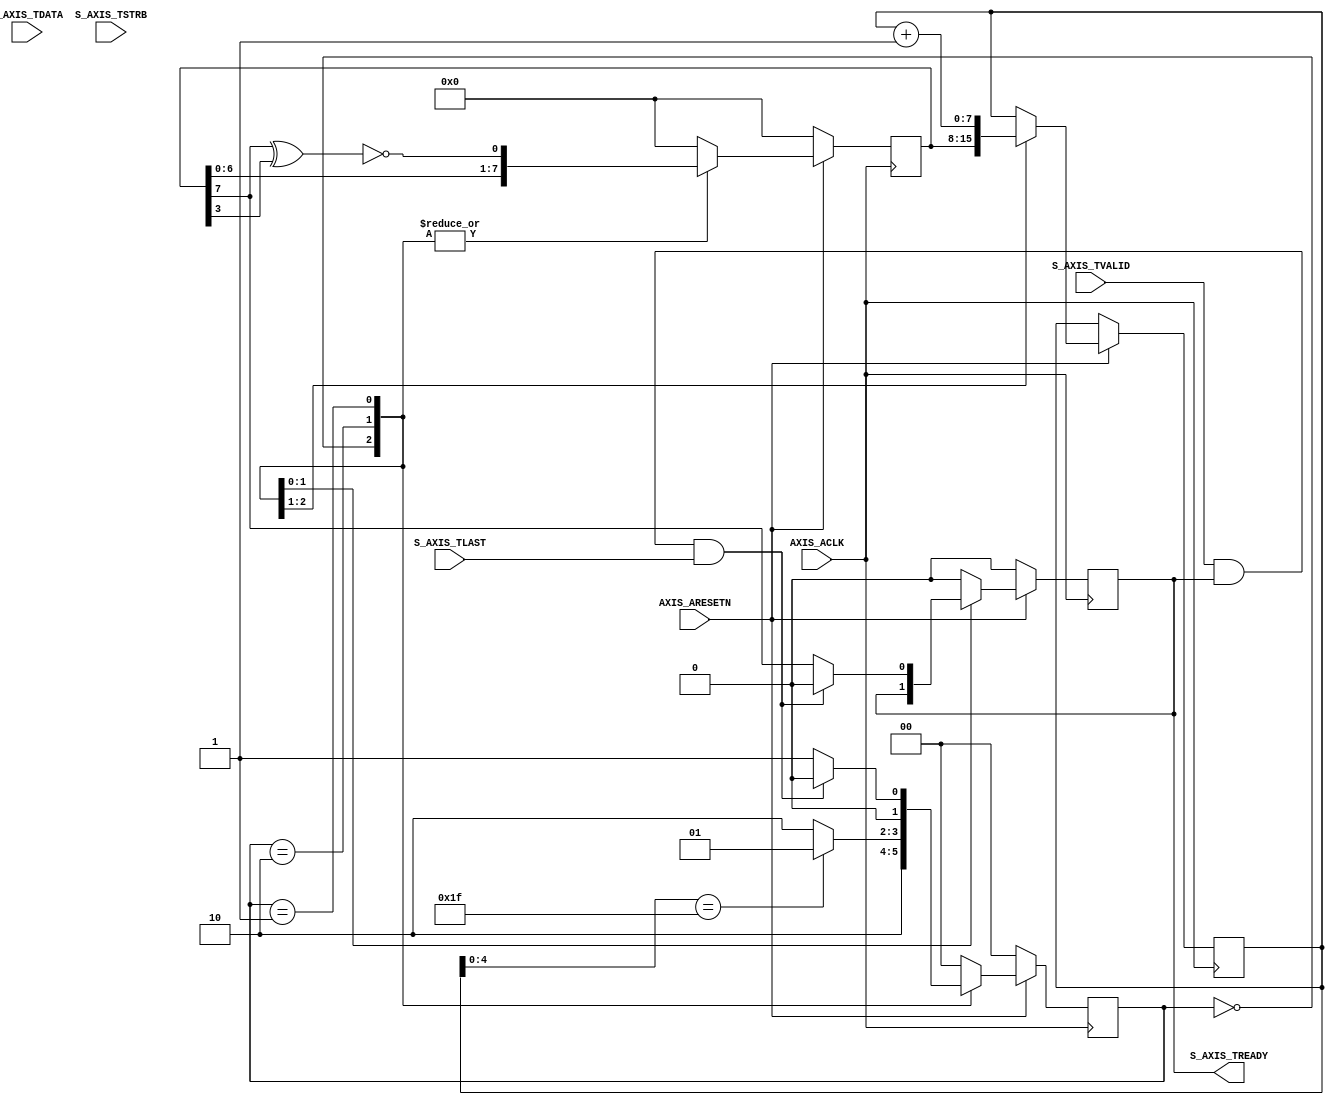
////////////////////////////////////////////////////////////////////////////
//-- (c) Copyright 2012 - 2013 Xilinx, Inc. All rights reserved.
//--
//-- This file contains confidential and proprietary information
//-- of Xilinx, Inc. and is protected under U.S. and
//-- international copyright and other intellectual property
//-- laws.
//--
//-- DISCLAIMER
//-- This disclaimer is not a license and does not grant any
//-- rights to the materials distributed herewith. Except as
//-- otherwise provided in a valid license issued to you by
//-- Xilinx, and to the maximum extent permitted by applicable
//-- law: (1) THESE MATERIALS ARE MADE AVAILABLE "AS IS" AND
//-- WITH ALL FAULTS, AND XILINX HEREBY DISCLAIMS ALL WARRANTIES
//-- AND CONDITIONS, EXPRESS, IMPLIED, OR STATUTORY, INCLUDING
//-- BUT NOT LIMITED TO WARRANTIES OF MERCHANTABILITY, NON-
//-- INFRINGEMENT, OR FITNESS FOR ANY PARTICULAR PURPOSE; and
//-- (2) Xilinx shall not be liable (whether in contract or tort,
//-- including negligence, or under any other theory of
//-- liability) for any loss or damage of any kind or nature
//-- related to, arising under or in connection with these
//-- materials, including for any direct, or any indirect,
//-- special, incidental, or consequential loss or damage
//-- (including loss of data, profits, goodwill, or any type of
//-- loss or damage suffered as a result of any action brought
//-- by a third party) even if such damage or loss was
//-- reasonably foreseeable or Xilinx had been advised of the
//-- possibility of the same.
//--
//-- CRITICAL APPLICATIONS
//-- Xilinx products are not designed or intended to be fail-
//-- safe, or for use in any application requiring fail-safe
//-- performance, such as life-support or safety devices or
//-- systems, Class III medical devices, nuclear facilities,
//-- applications related to the deployment of airbags, or any
//-- other applications that could lead to death, personal
//-- injury, or severe property or environmental damage
//-- (individually and collectively, "Critical
//-- Applications"). Customer assumes the sole risk and
//-- liability of any use of Xilinx products in Critical
//-- Applications, subject only to applicable laws and
//-- regulations governing limitations on product liability.
//--
//-- THIS COPYRIGHT NOTICE AND DISCLAIMER MUST BE RETAINED AS
//-- PART OF THIS FILE AT ALL TIMES.
////////////////////////////////////////////////////////////////////////////
//
// AXI4-Stream interface example
// 
// The purpose of this design is to provide a simple AXI4-Stream interface.
//
// The AXI4-Stream protocol is used as a standard interface to connect components that wish to
// exchange data. The interface can be used to connect a single master, that generates data, to a
// single slave, that receives data. 
// 
////////////////////////////////////////////////////////////////////////////////

//----------------------------------------
// Module Section
//----------------------------------------
`timescale 1ps/1ps

module axi_stream_slave #(
  // Width of S_AXIS data bus. The slave accepts the read and write data 
  // of width C_S_AXIS_TDATA_WIDTH.
  parameter integer C_S_AXIS_TDATA_NUM_BYTES = 4
) (
  // Global ports
  input wire AXIS_ACLK,
  input wire AXIS_ARESETN,
   
  // Slave Stream Ports
  // TREADY indicates that the slave can accept a transfer in the
  // current cycle.
  output wire S_AXIS_TREADY,
  // TDATA is the primary payload that is used to provide the data
  // that is passing across the interface to the slave
  input wire [(C_S_AXIS_TDATA_NUM_BYTES*8)-1:0] S_AXIS_TDATA,
  // TSTRB is the byte qualifier that indicates whether the content
  // of the associated byte of TDATA is processed as a data byte or
  // a position byte.
  input wire [C_S_AXIS_TDATA_NUM_BYTES-1:0] S_AXIS_TSTRB,
  // TLAST indicates the boundary of a packet.
  input wire S_AXIS_TLAST,
  // TVALID indicates that the slave is accepting a valid transfer.
  // A transfer takes place when both TVALID and TREADY are asserted.
  input wire S_AXIS_TVALID
);

localparam [1:0]  IDLE      = 2'b00,
                  RCV       = 2'b01,
                  BACKOFF   = 2'b10;

reg [7:0] lsfr_backoff;
wire      lsfr_feedback;
assign lsfr_feedback = !(lsfr_backoff[7] ^ lsfr_backoff[3]);
reg [7:0] intra_packet_backoff;
reg [1:0] state;
reg       axis_tready;

always@(posedge AXIS_ACLK) begin
  if(!AXIS_ARESETN) begin
    lsfr_backoff <= 8'h00;
    state <= IDLE;
    axis_tready <= 1'b0;
  end else begin
    lsfr_backoff <= {lsfr_backoff[6:0], lsfr_feedback};
    case(state)
      IDLE: begin
        intra_packet_backoff <= lsfr_backoff;
        state <= BACKOFF;
        axis_tready <= 1'b0;
      end
      BACKOFF : begin
        intra_packet_backoff <= intra_packet_backoff + 1;
        if (intra_packet_backoff[4:0] == 5'h1f) begin
          state <= RCV;
        end else begin
          state <= BACKOFF;
        end
      end
      RCV: begin
        if (S_AXIS_TVALID && S_AXIS_TREADY && S_AXIS_TLAST) begin
          state <= IDLE;
          axis_tready <= 1'b0;
        end else begin
          axis_tready <= lsfr_backoff[7];
          state <= RCV;
        end
      end
      default : begin
        lsfr_backoff <= 8'h00;
        state <= IDLE;
        axis_tready <= 1'b0;
      end
    endcase
  end
end

assign S_AXIS_TREADY = axis_tready;

endmodule